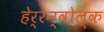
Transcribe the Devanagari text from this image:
हेर्रेन्वोल्क